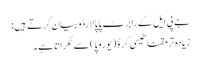
جے پی ایل کے رابرٹ پاپالارڈو بیان کرتے ہیں:
زیادہ تر مقناطیسی کرۂ (یوروپا) سے ٹکراتا ہے۔